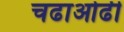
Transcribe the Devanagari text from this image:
चढाओढी